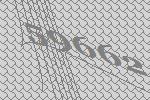
59662